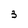
Character: 3